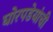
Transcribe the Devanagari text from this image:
घोरपडेयांची